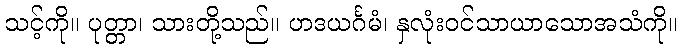
သင့်ကို။ ပုတ္တာ၊ သားတို့သည်။ ဟဒယင်္ဂမံ၊ နှလုံးဝင်သာယာသောအသံကို။